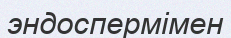
эндоспермімен